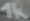
Text: 1k